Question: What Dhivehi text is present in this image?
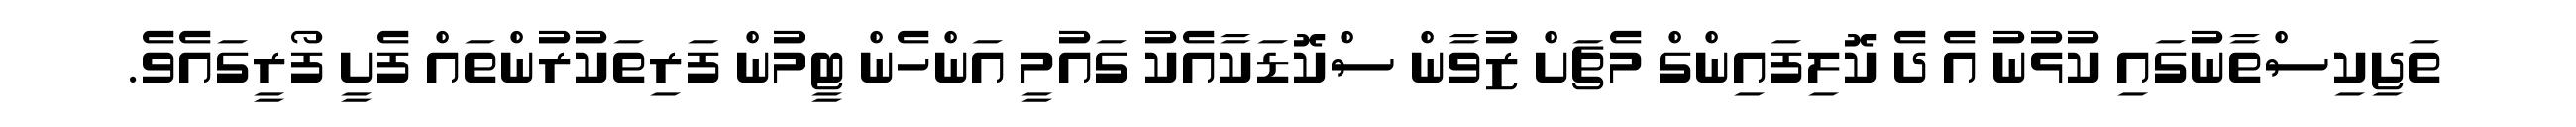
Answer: ތަޖިކިސްތާނުގައި ކުޅުނު އެ ދެ ކޮލިފައިންގް މެޗަށް ޒުވާން ސްކޮޑަކާއެކު ގައުމީ އަންހެން ޓީމުން ފަރިތަކުރުންތައް ފެށީ ފޯރީގައެވެ.